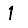
Digit: 1